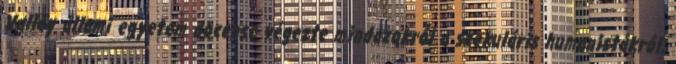
Valley állami egyetem docense végezte mindazokról a szekuláris humanistákról,